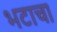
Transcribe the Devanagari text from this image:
भटाचा